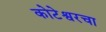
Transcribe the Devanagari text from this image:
कोटेश्वरचा